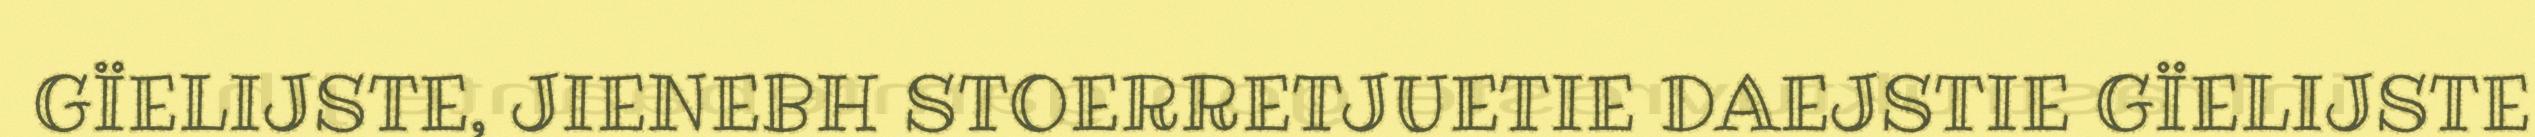
GÏELIJSTE, JIENEBH STOERRETJUETIE DAEJSTIE GÏELIJSTE